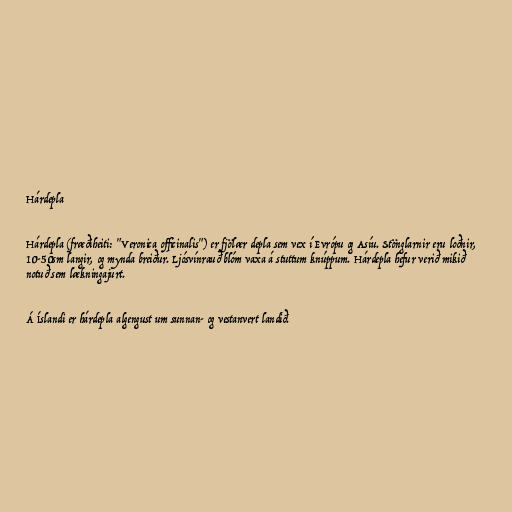
Hárdepla

Hárdepla (fræðiheiti: "Veronica officinalis") er fjölær depla sem vex í Evrópu og Asíu. Stönglarnir eru loðnir,
10-50sm langir, og mynda breiður. Ljósvínrauð blóm vaxa á stuttum knúppum. Hárdepla hefur verið mikið
notuð sem lækningajurt.

Á Íslandi er hárdepla algengust um sunnan- og vestanvert landið.